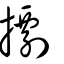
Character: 𢶏